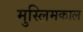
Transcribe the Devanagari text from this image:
मुस्लिमकाल